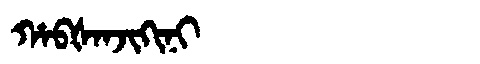
Manchu: ᡥᠠᠪᡧᠠᠨᠵᡳᡴᡳᠨᡳ
Romanization: HABŠANJIKINI